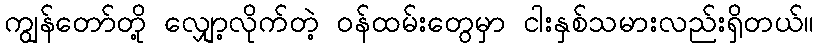
ကျွန်တော်တို့ လျှော့လိုက်တဲ့ ဝန်ထမ်းတွေမှာ ငါးနှစ်သမားလည်းရှိတယ်။